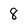
Character: 8